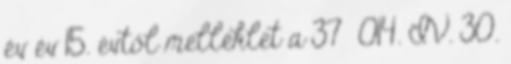
év év 15. évtől melléklet a 37 014. IV. 30.